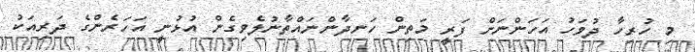
މި ހުރިހާ ދުވަހު އަހަންނަށް ފަރީ މަތިން ހަނދާންނައްތާނުލެވިގެން އުޅުނީ އަހަރެންގެ ދަރިއަކު